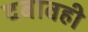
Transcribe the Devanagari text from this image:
दबावही